Report on horse surra - Volume I
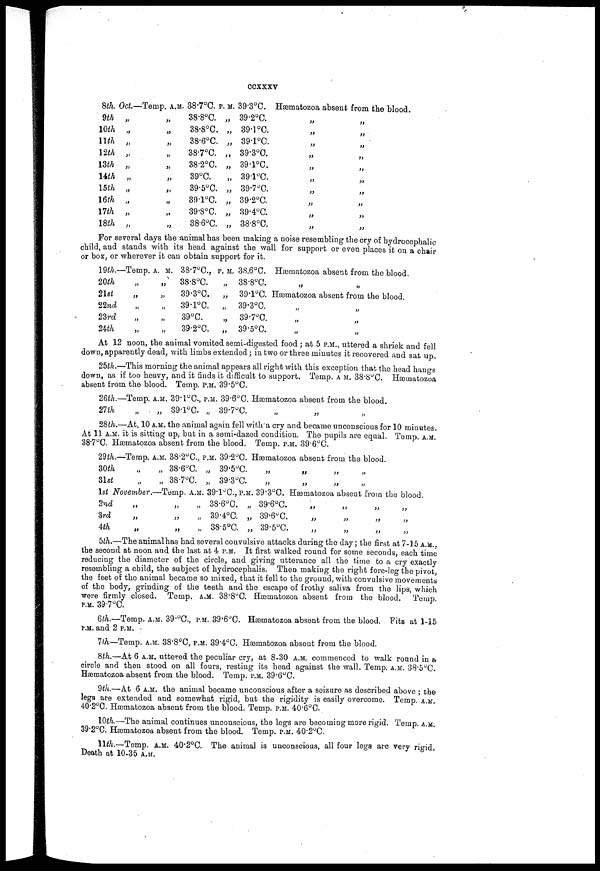
ccxxxv
8th. Oct.
9th „
10th „
11th „
12th „
13th „
14th „
15th „
16th „
17th „
18th „
—Temp. A.M.
„
„
„
„
„
„
„
„
„
„
38.7°C. P.M.
38.8°C. „
38.8°C. „
38.6°C. „
38.7°C. „
38.2°C. „
39°C.
„
39.5°C. „
39.1°C. „
39.8°C. „
38.6°C. „
39.3°C.
39.2°C.
39.1°C.
39.1°C.
39.3°C.
39.1°C.
39.1°C.
39.7°C.
39.2°C.
39.4°C.
38.8°C.
Hæmatozoa absent from the blood.
„
„
„
„
„
„
„
„
„
„
„
„
„
„
„
„
„
„
„
„
For several days the animal has been making a noise resembling the cry of hydrocephalic
child, and stands with its head against the wall for support or even places it on a chair
or box, or wherever it can obtain support for it.
19th.
20th
21st
22nd
23rd
24th
—Temp.
„
„
„
„
„
A. M.
„
„
„
„
„
38.7°C.,
38.8°C.
39.3°C.
39.1°C.
39°C.
39.2°C.
P. M.
„
„
„
„
„
38.6°C.
38.8°C.
39.1°C.
39.3°C.
39.7°C.
39.5°C.
Hæmatozoa absent from the blood.
„ „
Hæmatozoa absent from the blood.
„ „
„ „
„ „
At 12 noon, the animal vomited semi-digested food ; at 5 P.M., uttered a shriek and fell
down, apparently dead, with limbs extended ; in two or three minutes it recovered and sat up.
25th.—This morning the animal appears all right with this exception that the head hangs
down, as if too heavy, and it finds it difficult to support. Temp. A.M. 38.8°C. Hæmatozoa
absent from the blood. Temp. P.M. 39.5°C.
26th.—Temp. A.M.
27th
„ „
39.1°C.,
39.1°C.
P.M. 89.6°C.
„ 39.7°C.
Hæmatozoa absent from the blood.
„
„
„
28th.—At, 10 A.M. the animal again fell with a cry and became unconscious for 10 minutes.
At 11 A.M. it is sitting up, but in a semi-dazed condition. The pupils are equal. Temp. A.M.
38.7°C. Hæmatozoa absent from the blood. Temp. P.M. 39.6°C.
29th.—Temp. A.M.
30th
31st
„ „
„ „
38.2°C.,
38.6°C.
38.7°C.
P.M. 39.2°C.
„ 39.5°C.
„ 39.3°C.
Hæmatozoa absent
„
„
„
„
from the blood.
„ „
„ „
1st November.—Temp. A.M. 39.1°C., P.M. 39.3°C. Hæmatozoa, absent from the blood.
2nd
3rd
4th
„
„
„
„ „
„ „
„ „
38.6°C.
39.4°C.
38.5°C.
„ 39.6°C.
„ 39.6°C.
„ 39.5°C.
„
„
„
„ „
„ „
„ „
„
„
„
5th.—The animal has had several convulsive attacks during the day ; the first at 7-15 A.M.,
the second at noon and the last at 4 P.M. It first walked round for some seconds, each time
reducing the diameter of the circle, and giving utterance all the time to a cry exactly
resembling a child, the subject of hydrocephalis. Then making the right fore-leg the pivot,
the feet of the animal became so mixed, that it fell to the ground, with convulsive movements
of the body, grinding of the teeth and the escape of frothy saliva from the lips, which
were firmly closed. Temp. A.M. 38.8°C. Hæmatozoa absent from the blood. Temp.
P.M. 39.7°C.
6th.—Temp. A.M. 39.°C., P.M. 39.6°C. Hæmatozoa absent from the blood. Fits at 1-15
P.M. and 2 P.M.
7th—Temp. A.M. 38.8°C., P.M. 39.4°C. Hæmatozoa absent from the blood.
8th.—At 6 A.M. uttered the peculiar cry, at 8-30 A.M. commenced to walk round in a
circle and then stood on all fours, resting its head against the wall. Temp. A.M. 38.5°C.
hæmatozoa absent from the blood. Temp. P.M. 39.6°C.
9th.—At 6 A.M. the animal became unconscious after a seizure as described above ; the
legs are extended and somewhat rigid, but the rigidity is easily overcome. Temp. A.M.
40.2°C. hæmatozoa absent from the blood. Temp. P.M. 40.6°C.
10th.—The animal continues unconscious, the legs are becoming more rigid. Temp. A.M.
39.2°C. hæmatozoa absent from the blood. Temp. P.M. 40.2°C.
11th.—Temp. A.M. 40.2°C. The animal is unconscious, all four legs are very rigid.
Death at 10-35 A.M.